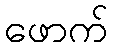
ဖောက်